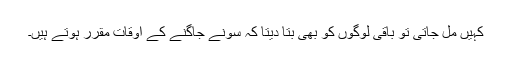
کہیں مل جاتی تو باقی لوگوں کو بھی بتا دیتا کہ سونے جاگنے کے اوقات مقرر ہوتے ہیں۔